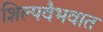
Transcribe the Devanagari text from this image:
शिल्पवैभवात